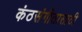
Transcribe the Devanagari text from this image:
कंठसंगीतासाठी